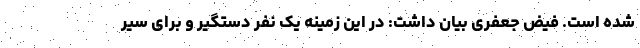
شده است. فیض جعفری بیان داشت: در این زمینه یک نفر دستگیر و برای سیر